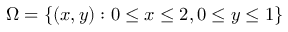
\Omega = \{ ( x , y ) : 0 \leq x \leq 2 , 0 \leq y \leq 1 \}